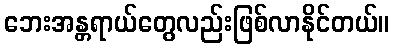
ဘေးအန္တရာယ်တွေလည်းဖြစ်လာနိုင်တယ်။